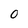
Character: O